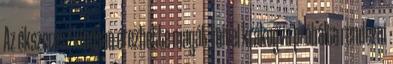
Az ékszerész kínosan érezhette magát, mivel krákogva próbálta rendezni